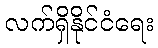
လက်ရှိနိုင်ငံရေး